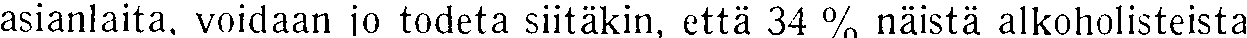
asianlaita, voidaan jo todeta siitäkin, että 34 % näistä alkoholisteista